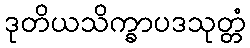
ဒုတိယသိက္ခာပဒသုတ္တံ